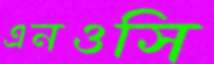
এনওসি